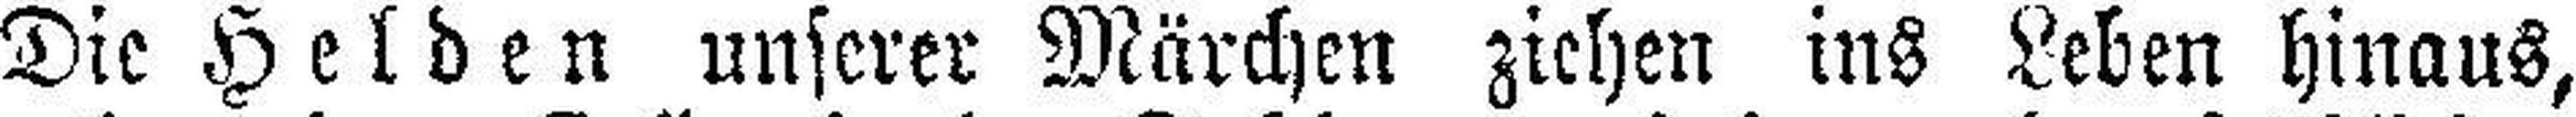
Die Helden unserer Märchen ziehen ins Leben hinaus,